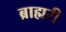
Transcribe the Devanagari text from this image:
ब्राह्मरी